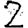
Digit: 2